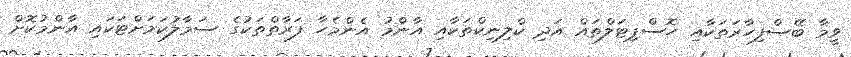
ވީމާ ބޭސްފިހާރަތަކާއި ހޮސްޕިޓަލްތައް އަދި ކްލިނިކްތަކާއި އާންމު އެންމެހާ ފަރާތްތަކުގެ ސަމާލުކަމަށްޓަކައި އާންމުކޮށް